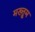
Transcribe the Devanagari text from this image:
मख्तुूम